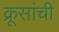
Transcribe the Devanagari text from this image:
क्रूसांची